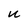
Character: U